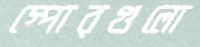
স্পোরগুলো